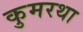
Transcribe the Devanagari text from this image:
कुमरथा